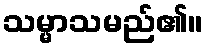
သမ္မာသမည်၏။